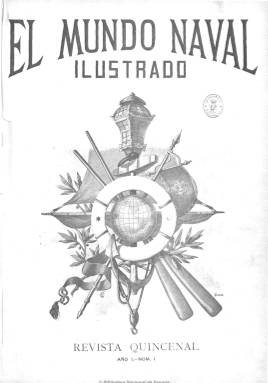
Título: El Mundo naval ilustrado
Otros títulos: Revista de navegación y comercio
Colección: Navegación
Ámbito geográfico: Madrid
Lugar de publicación: Madrid
Fechas: 01/05/1897-30/12/1901

Una de las revistas especializadas más prestigiosas de la época, dedicadas al mundo naval, en un momento en que se produce el conflicto independentista cubano y filipino. Autocalificada como “proteccionista de las industrias navales” españolas, incluye secciones fijas como “Crónica naval española”, “Crónica naval extranjera” y “Notas diplomáticas”, así como artículos científicos, técnicos y profesionales sobre fábricas, arsenales y construcciones navales, puertos, pesquerías, marina mercante y de guerra, navíos, historia y bibliografía naval y compañías navieras, además de contenidos literarios, entre los que se incluyen biografías, narraciones y crónicas teatrales, al cuidado de escritores como José Echegaray (1832-1916), Juan Varela (1824-1905), Cesáreo Fernández Duro (1830-1908) o el mismo Rubén Darío (1867-1916), y también secciones de miscelánea, variedades y anécdotas.

Con periodicidad quincenal y entre 24 y 28 páginas, fue fundada y dirigida por Pedro Novo Colson (1846-1931) hasta 1900, en que inicia su segunda época al absorber a la también Revista de navegación y comercio (1889), cuya cabecera pasa a ser subtítulo de El mundo naval… y que dirige José Díaz Quijano, impulsor de la Sociedad Española de Salvamento de Náufragos.

Entre sus redactores y colaboradores se encuentran jefes y oficiales de la marina mercante y la armada española e ingenieros, entre otros profesionales. Destacan el liberal Ramón Auñón y Villalón, marqués de Pilares y almirante de la armada (1844-1925), como autor de Crónica naval española; Víctor María Concas (1845-1916), autor de Crónica naval extranjera; José Ricart Giralt, de la sección Marina mercante; así como Fernando Villamil (1845-1898), Adolfo Navarrete (1861-1925), José María de Beranger (1824-1907) o Eloy Noriega y Ruiz (1865-).

Además de sus textos, la revista destaca por su profusión de fotografías, cromolitografías y reproducciones de cuadros. Su paginación es continuada y contiene índices. En 1901 desaparece para dejarle el testigo a Vida marítima (1902-), que continuará siendo el órgano oficial de la Liga Marítima Española.